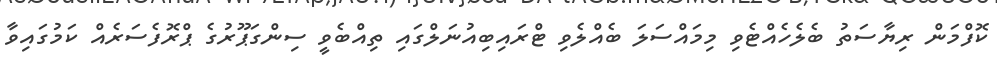
ކޮފްމަން ރިޔާސަތު ބެލެހެއްޓެވި މިމައްސަލަ ބެއްލެވި ޓްރައިބިއުނަލްގައި ތިއްބެވީ ސިންގަޕޫރުގެ ޕްރޮފެސަރެއް ކަމުގައިވާ